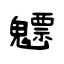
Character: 魒